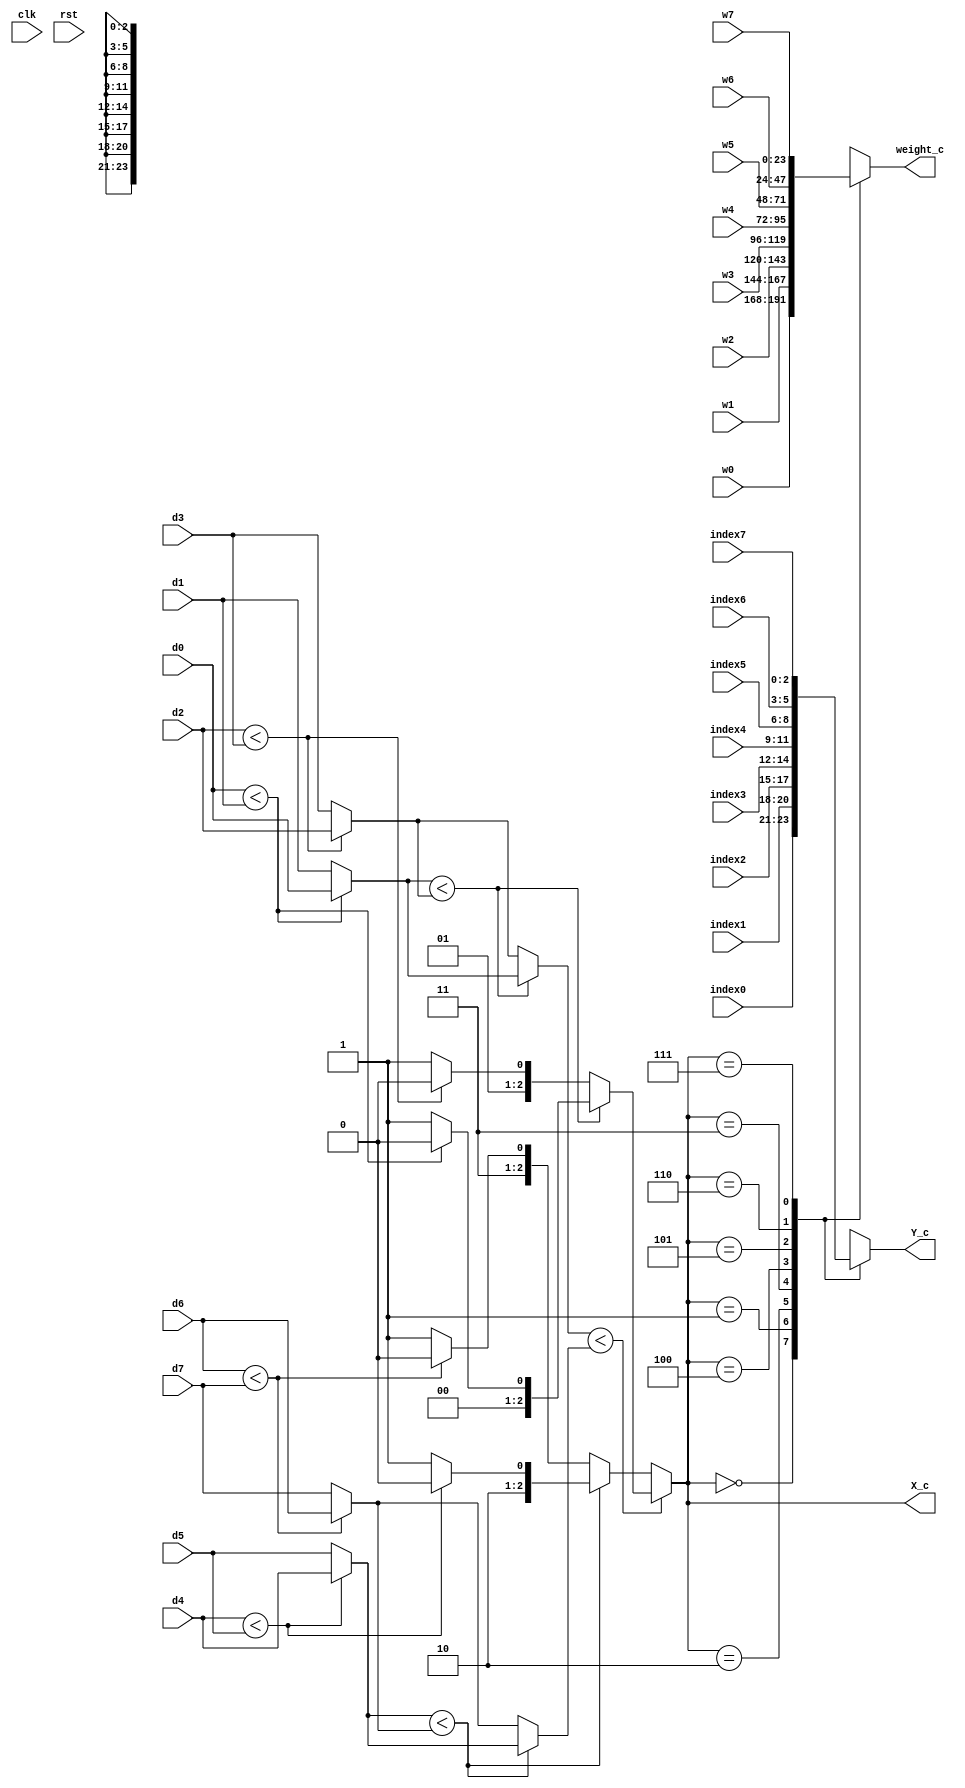
/////////////////////////////////////////////////////////////////////
// ---------------------- IVCAD 2022 Spring ---------------------- //
// ---------------------- Version : v.1.10  ---------------------- //
// ---------------------- Date : 2022.04.13 ---------------------- //
// ------------------------ MIN_2 module --------------------------//
// ----------------- Feb. 2022 Willie authored --------------------//
/////////////////////////////////////////////////////////////////////

module MIN_2(clk,rst,d0,d1,d2,d3,d4,d5,d6,d7,w0,w1,w2,w3,w4,w5,w6,w7,index0,index1,index2,index3,index4,index5,index6,index7,X_c,Y_c,weight_c);

// ---------------------- input  ---------------------- //
	input clk;
	input rst;
	input [10:0] d0;
	input [10:0] d1;
	input [10:0] d2;
	input [10:0] d3;
	input [10:0] d4;
	input [10:0] d5;
	input [10:0] d6;
	input [10:0] d7;
	input [23:0] w0;
	input [23:0] w1;
	input [23:0] w2;
	input [23:0] w3;
	input [23:0] w4;
	input [23:0] w5;
	input [23:0] w6;
	input [23:0] w7;
	input [2:0] index0;
	input [2:0] index1;
	input [2:0] index2;
	input [2:0] index3;
	input [2:0] index4;
	input [2:0] index5;
	input [2:0] index6;
	input [2:0] index7;

// ---------------------- output  ---------------------- //
	output reg [2:0] X_c;
	output reg [2:0] Y_c;
	output reg [23:0] weight_c;
	
// ---------------------- Write down Your design below  ---------------------- //

parameter [2:0] id_0=3'd0,id_1=3'd1,id_2=3'd2,id_3=3'd3,id_4=3'd4,id_5=3'd5,id_6=3'd6,id_7=3'd7;
reg [10:0] min1,min2,min3,min4,min11,min22,min33;
reg [2:0] id1,id2,id3,id4,id11,id22,id33;
    always@(*)begin
       if(d0<d1)begin
          min1=d0;
          id1=id_0;
       end
       else begin
          min1=d1;
          id1=id_1;     
       end
    end
    always@(*)begin
       if(d2<d3)begin
          min2=d2;
          id2=id_2;
       end
       else begin
          min2=d3;
          id2=id_3;

       end
    end
    always@(*)begin
       if(d4<d5)begin
          min3=d4;
          id3=id_4;
       end
       else begin
          min3=d5;
          id3=id_5;
       end
    end
    always@(*)begin
       if(d6<d7)begin
          min4=d6;
          id4=id_6;
       end
       else begin
          min4=d7;
          id4=id_7;
       end
    end
    always@(*)begin
       if(min1<min2)begin
          min11=min1;
          id11=id1;
       end
       else begin
          min11=min2;
          id11=id2;
       end
    end
    always@(*)begin
       if(min3<min4)begin
          min22=min3;
          id22=id3;
       end
       else begin
          min22=min4;
          id22=id4;
       end
    end
    always@(*)begin
       if(min11<min22)begin
          min33=min11;
          id33=id11;
       end
       else begin
          min33=min22;
          id33=id22;
       end
    end
   
always@(*)begin
    X_c=id33;
end
 
    always@(*)begin
       case(X_c)
          3'd0:weight_c=w0;
          3'd1:weight_c=w1;
          3'd2:weight_c=w2;
          3'd3:weight_c=w3;
          3'd4:weight_c=w4;
          3'd5:weight_c=w5;
          3'd6:weight_c=w6;
          3'd7:weight_c=w7;        
       endcase
    end
    always@(*)begin
       case(X_c)
          3'd0:Y_c=index0;
          3'd1:Y_c=index1;
          3'd2:Y_c=index2;
          3'd3:Y_c=index3;
          3'd4:Y_c=index4;
          3'd5:Y_c=index5;
          3'd6:Y_c=index6;
          3'd7:Y_c=index7;        
       endcase
    end
endmodule